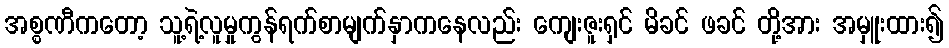
အစ္စဏီကတော့ သူ့ရဲ့လူမှုကွန်ရက်စာမျက်နှာကနေလည်း ကျေးဇူးရှင် မိခင် ဖခင် တို့အား အမှူးထား၍